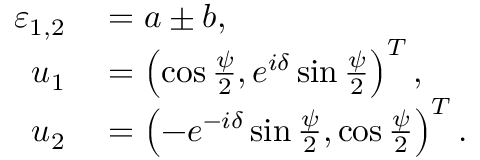
\begin{array} { r l } { \varepsilon _ { 1 , 2 } } & { { } = a \pm b , } \\ { u _ { 1 } } & { { } = \left( \cos \frac { \psi } { 2 } , e ^ { i \delta } \sin \frac { \psi } { 2 } \right) ^ { T } , } \\ { u _ { 2 } } & { { } = \left( - e ^ { - i \delta } \sin \frac { \psi } { 2 } , \cos \frac { \psi } { 2 } \right) ^ { T } . } \end{array}